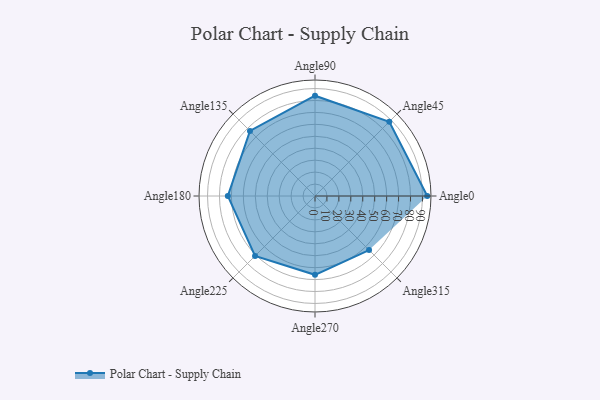
{"axis": {"x": "Angle", "y": "Radius"}, "legend": [""], "data": [{"x": "Angle0", "y": 94.0, "type": ""}, {"x": "Angle45", "y": 88.0, "type": ""}, {"x": "Angle90", "y": 84.0, "type": ""}, {"x": "Angle135", "y": 77.0, "type": ""}, {"x": "Angle180", "y": 73.0, "type": ""}, {"x": "Angle225", "y": 71.0, "type": ""}, {"x": "Angle270", "y": 66.0, "type": ""}, {"x": "Angle315", "y": 64.0, "type": ""}]}